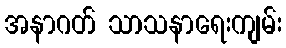
အနာဂတ် သာသနာရေးကျမ်း